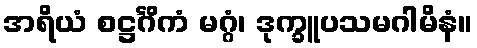
အရိယံ စဋ္ဌင်္ဂိကံ မဂ္ဂံ၊ ဒုက္ခူပသမဂါမိနံ။